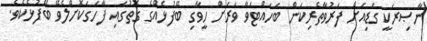
ނާޞިރަކީ ގަޑިއަށް ފަރުވާތެރިކަން ބަހައްޓަވާ ވަރަށް ހީވާގި ބޭފުޅެއްގެ ގޮތުގައި ފާހަގަކޮށްލެވޭ ބޭފުޅެކެވެ.